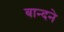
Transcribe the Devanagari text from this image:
बान्दने